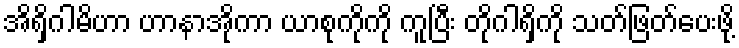
အိရှိဂါမိဟာ ဟာနာအိုကာ ယာစုကိုကို ကူပြီး တိုဂါရှိကို သတ်ဖြတ်ပေးဖို့